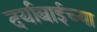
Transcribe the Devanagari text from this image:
दर्याबाईच्या